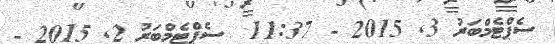
ސެޕްޓެމްބަރު 3